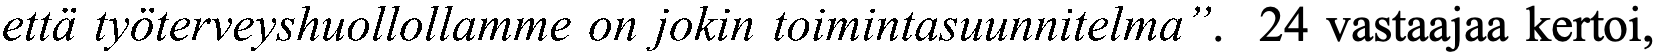
että työterveyshuollollamme on jokin toimintasuunnitelma”. 24 vastaajaa kertoi,